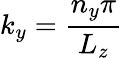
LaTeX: k_{y}=\frac{n_{y}\pi}{L_{z}}